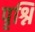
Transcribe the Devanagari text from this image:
पृश्नि